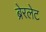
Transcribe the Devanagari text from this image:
ब्रेरलेट